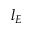
l _ { E }